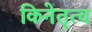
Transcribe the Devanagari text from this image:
किनेतृत्व